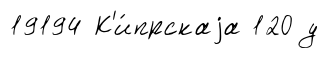
19194 К'и́прскаjа 120 у